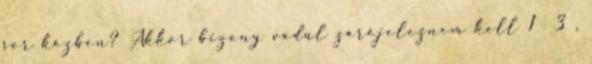
sor közben? Akkor bizony vadul zárójeleznem kell 1 3 ,